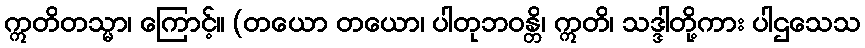
ဣတိတသ္မာ၊ ကြောင့်။ (တယော တယော၊ ပါတုဘဝန္တိ၊ ဣတိ၊ သဒ္ဒါတို့ကား ပါဌသေသ